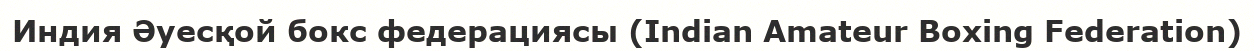
Индия Әуесқой бокс федерациясы (Indian Amateur Boxing Federation)